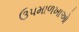
ઉપમાળખાઓ